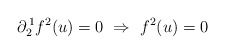
\begin{align*} \partial^{\,1}_2f^2(u) = 0 \ \Rightarrow \ f^2(u) = 0\end{align*}